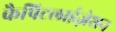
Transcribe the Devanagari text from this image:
कैपिटलाईज़ेशन